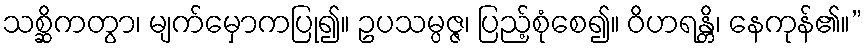
သစ္ဆိကတွာ၊ မျက်မှောကပြု၍။ ဥပသမ္ပဇ္ဇ၊ ပြည့်စုံစေ၍။ ဝိဟရန္တိ၊ နေကုန်၏။”